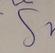
Signature authenticity: forged